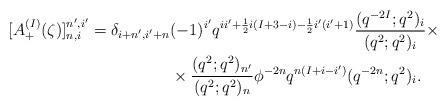
LaTeX: \begin{align*}[A^{(I)}_+(\zeta)]_{n,i}^{n',i'}=\delta_{i+n',i'+n}&(-1)^{i'}q^{ii'+\frac{1}{2}i(I+3-i)-\frac{1}{2}i'(i'+1)}\frac{(q^{-2I};q^2)_i}{(q^2;q^2)_i}\times\\&\times\frac{(q^2;q^2)_{n'}}{(q^2;q^2)_n}\phi^{-2n}q^{n(I+i-i')}(q^{-2n};q^2)_i. \end{align*}